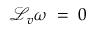
{ \mathcal { L } } _ { v } \omega \; = \; 0